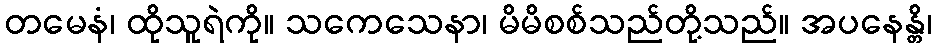
တမေနံ၊ ထိုသူရဲကို။ သကေသေနာ၊ မိမိစစ်သည်တို့သည်။ အပနေန္တိ၊